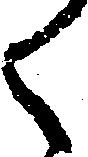
く